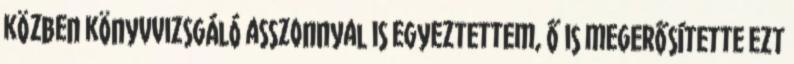
közben könyvvizsgáló asszonnyal is egyeztettem, Ő is megerősítette ezt